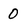
Character: 0